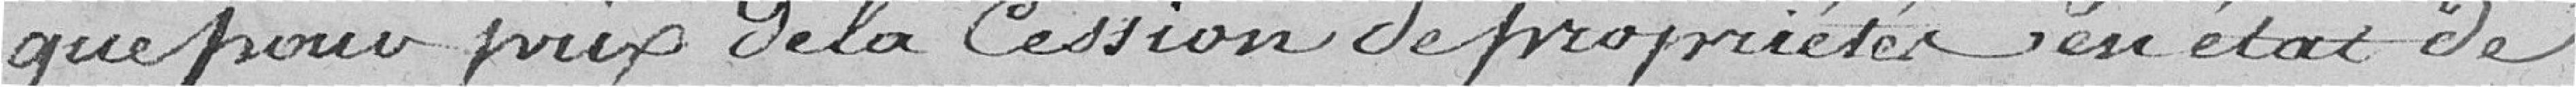
que pour prix de la cession de propriété en état de